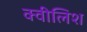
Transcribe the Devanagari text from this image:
क्वीलिश